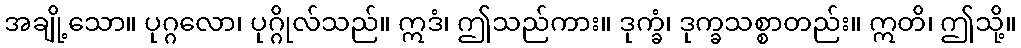
အချို့သော။ ပုဂ္ဂလော၊ ပုဂ္ဂိုလ်သည်။ ဣဒံ၊ ဤသည်ကား။ ဒုက္ခံ၊ ဒုက္ခသစ္စာတည်း။ ဣတိ၊ ဤသို့။